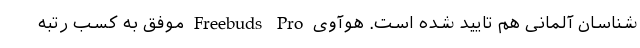
شناسان آلمانی هم تایید شده است. هوآوی Freebuds Pro موفق به کسب رتبه